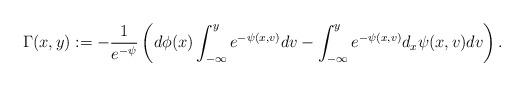
LaTeX: \begin{align*}\Gamma(x,y) := -\frac{1}{e^{-{\psi}}} \left( d \phi(x) \int_{-\infty}^y e^{-{\psi(x,v) }}dv - \int_{-\infty}^y e^{-{\psi(x,v)}} d_x {\psi} (x,v) dv \right).\end{align*}